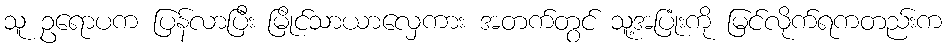
သူ ဥရောပက ပြန်လာပြီး မြိုင်သာယာလှေကား အတက်တွင် သူ့အပြုံးကို မြင်လိုက်ရကတည်းက